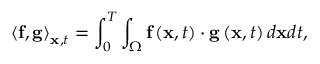
{ \left\langle { { \bf { f } } , { \bf { g } } } \right\rangle _ { { \bf { x } } , t } } = \int _ { 0 } ^ { T } { \int _ { \Omega } { { \bf { f } } \left( { { \bf { x } } , t } \right) \cdot { \bf { g } } \left( { { \bf { x } } , t } \right) d { \bf { x } } d t } } ,